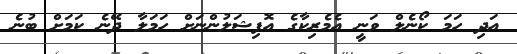
އަދި ހަމަ ކޯނެލް ވަނީ އެމެރިކާގެ އޮފިޝަލުންނަށް ހަމަލާ ދޭނެ ކަމަށް ބުނެ